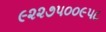
૯૨૨૭૫૦૦૯૫૮